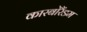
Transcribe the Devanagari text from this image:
कारबोरैंडम